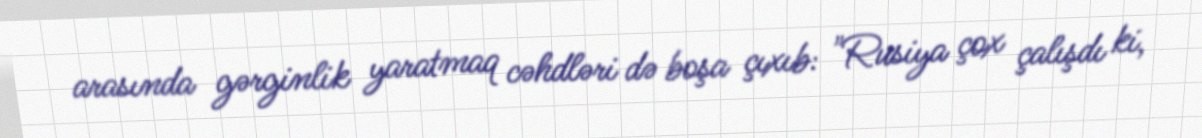
arasında gərginlik yaratmaq cəhdləri də boşa çıxıb: "Rusiya çox çalışdı ki,